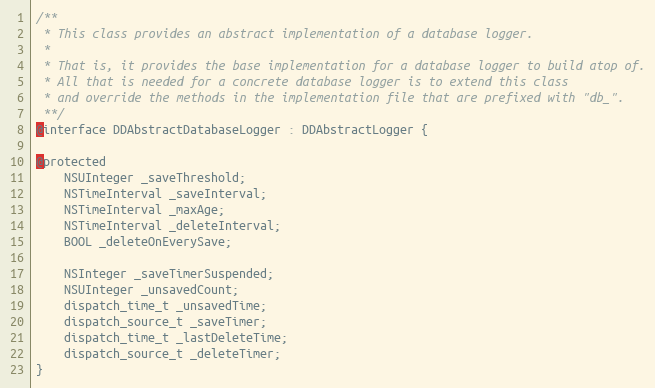
Language: C
/**
 * This class provides an abstract implementation of a database logger.
 *
 * That is, it provides the base implementation for a database logger to build atop of.
 * All that is needed for a concrete database logger is to extend this class
 * and override the methods in the implementation file that are prefixed with "db_".
 **/
@interface DDAbstractDatabaseLogger : DDAbstractLogger {

@protected
    NSUInteger _saveThreshold;
    NSTimeInterval _saveInterval;
    NSTimeInterval _maxAge;
    NSTimeInterval _deleteInterval;
    BOOL _deleteOnEverySave;

    NSInteger _saveTimerSuspended;
    NSUInteger _unsavedCount;
    dispatch_time_t _unsavedTime;
    dispatch_source_t _saveTimer;
    dispatch_time_t _lastDeleteTime;
    dispatch_source_t _deleteTimer;
}